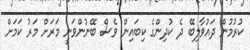
ކުރުމުން ދައުވާލިބޭ ދެ ކުދިންގެ ކިބައިން ވެސް ބޭނުންވަނީ މަރަށް މަރު ކަމަށް